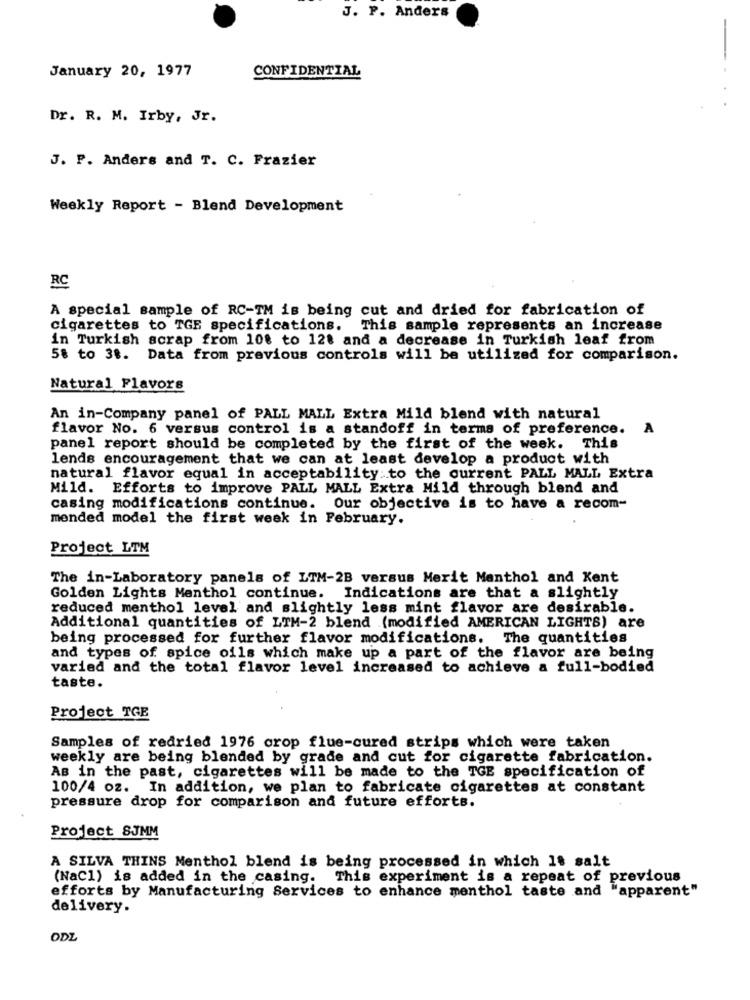
J. P. Anders
January 20, 1977
CONFIDENTIAL
Dr. R. M. Irby, Jr.
J. P. Anders and T. C. Frazier
Weekly Report - Blend Development
RC
A special sample of RC-TM is being cut and dried for fabrication of
cigarettes to TGE specifications. This sample represents an increase
in Turkish scrap from 108 to 128 and a decrease in Turkish leaf from
58 to 38. Data from previous controls will be utilized for comparison.
Natural Flavors
An in-Company panel of PALL MALL Extra Mild blend with natural
flavor No. 6 versus control is a standoff in terms of preference.
A
panel report should be completed by the first of the week. This
lends encouragement that we can at least develop a product with
natural flavor equal in acceptability to the current PALL MALL Extra
Mild. Efforts to improve PALL MALL Extra Mild through blend and
casing modifications continue. Our objective is to have a recom-
mended model the first week in February.
Project LTM
The in-Laboratory panels of LTM-2B versus Merit Menthol and Kent
Golden Lights Menthol continue. Indications are that a slightly
reduced menthol level and slightly less mint flavor are desirable.
Additional quantities of LTM-2 blend .(modified AMERICAN LIGHTS) are
being processed for further flavor modifications. The quantities
and types of spice oils which make up a part of the flavor are being
varied and the total flavor level increased to achieve a full-bodied
taste.
Project TGE
Samples of redried 1976 crop flue-cured strips which were taken
weekly are being blended by grade and cut for cigarette fabrication.
As in the past, cigarettes will be made to the TGE specification of
100/4 oz. In addition, we plan to fabricate cigarettes at constant
pressure drop for comparison and future efforts.
Project SJMM
A SILVA THINS Menthol blend is being processed in which 18 salt
(NaCl) is added in the casing. This experiment is a repeat of previous
efforts by Manufacturing Services to enhance menthol taste and "apparent"
delivery.
ODZ